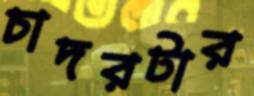
চাদরটার